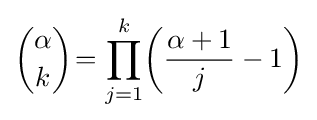
{\alpha  \choose k}\!=\prod _{j=1}^{k}\!\left({\frac {\alpha +1}{j}}-1\right)